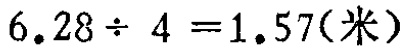
\(6.28\div 4 = 1.57(米)\)